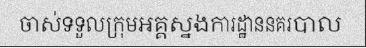
ចាស់ទទួលក្រុមអគ្គស្នងការដ្ឋាននគរបាល